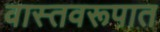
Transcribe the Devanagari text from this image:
वास्तवरूपात